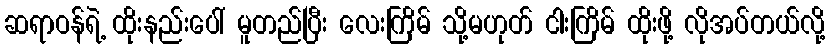
ဆရာဝန်ရဲ့ ထိုးနည်းပေါ် မူတည်ပြီး လေးကြိမ် သို့မဟုတ် ငါးကြိမ် ထိုးဖို့ လိုအပ်တယ်လို့